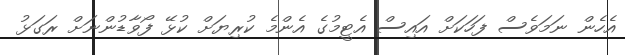
އެހެން ނަމަވެސް ފަހަކަށް އައިސް އެޓީމުގެ އެންމެ ކުރިޔަށް ކުޅޭ ފޯވާޑުންނަށް ރަގަޅު